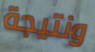
ونتيجة